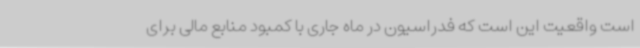
است واقعیت این است که فدراسیون در ماه جاری با کمبود منابع مالی برای